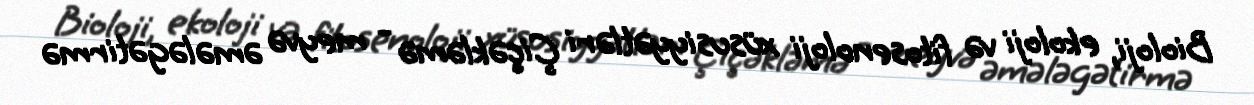
Bioloji, ekoloji və fitosenoloji xüsusiyyətləri Çiçəkləmə - meyvə əmələgətirmə